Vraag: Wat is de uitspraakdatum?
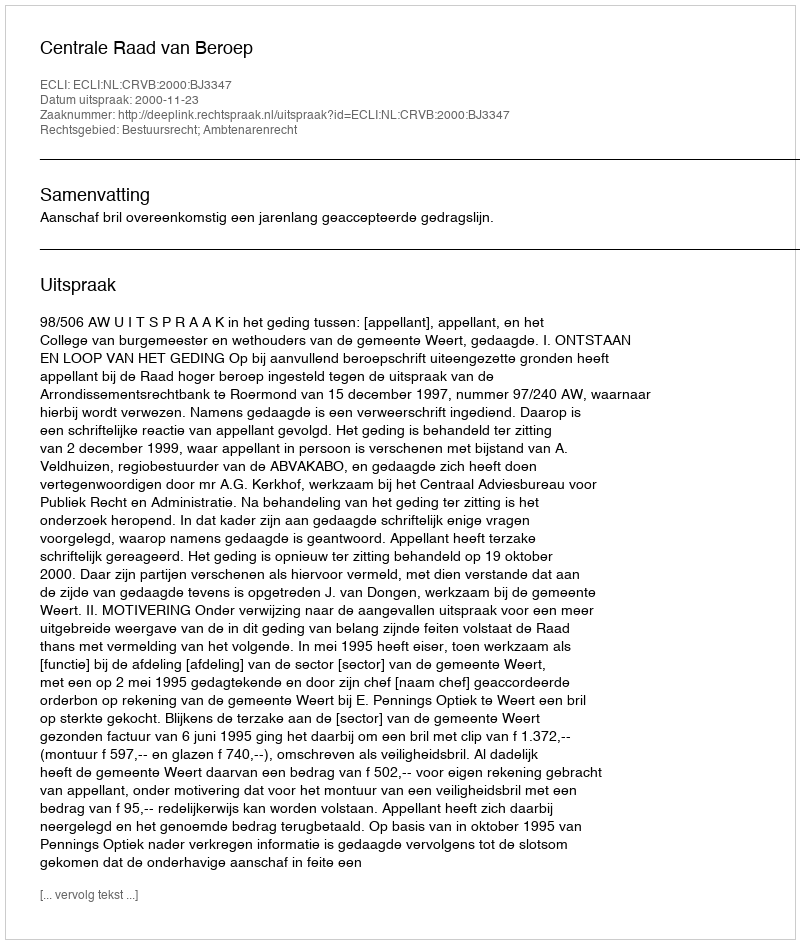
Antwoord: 2000-11-23